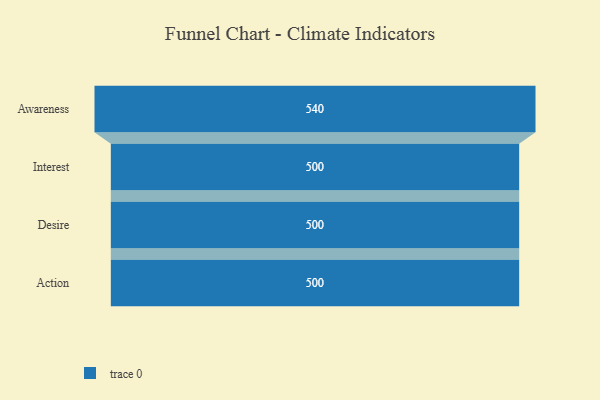
{"axis": {"x": "Stage", "y": "Value"}, "legend": [""], "data": [{"x": "Awareness", "y": 540.0, "type": ""}, {"x": "Interest", "y": 500, "type": ""}, {"x": "Desire", "y": 500, "type": ""}, {"x": "Action", "y": 500, "type": ""}]}